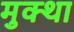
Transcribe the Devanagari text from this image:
मुक्था